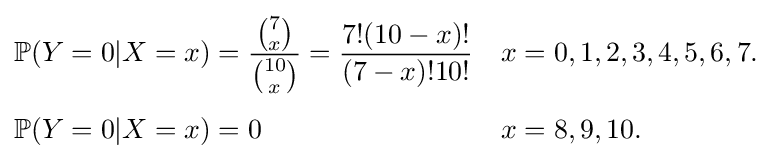
{\begin{aligned}\mathbb {P} (Y=0|X=x)&={\frac {\binom {7}{x}}{\binom {10}{x}}}={\frac {7!(10-x)!}{(7-x)!10!}}&&x=0,1,2,3,4,5,6,7.\\[4pt]\mathbb {P} (Y=0|X=x)&=0&&x=8,9,10.\end{aligned}}